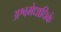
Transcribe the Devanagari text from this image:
अश्वमेधाधिकं